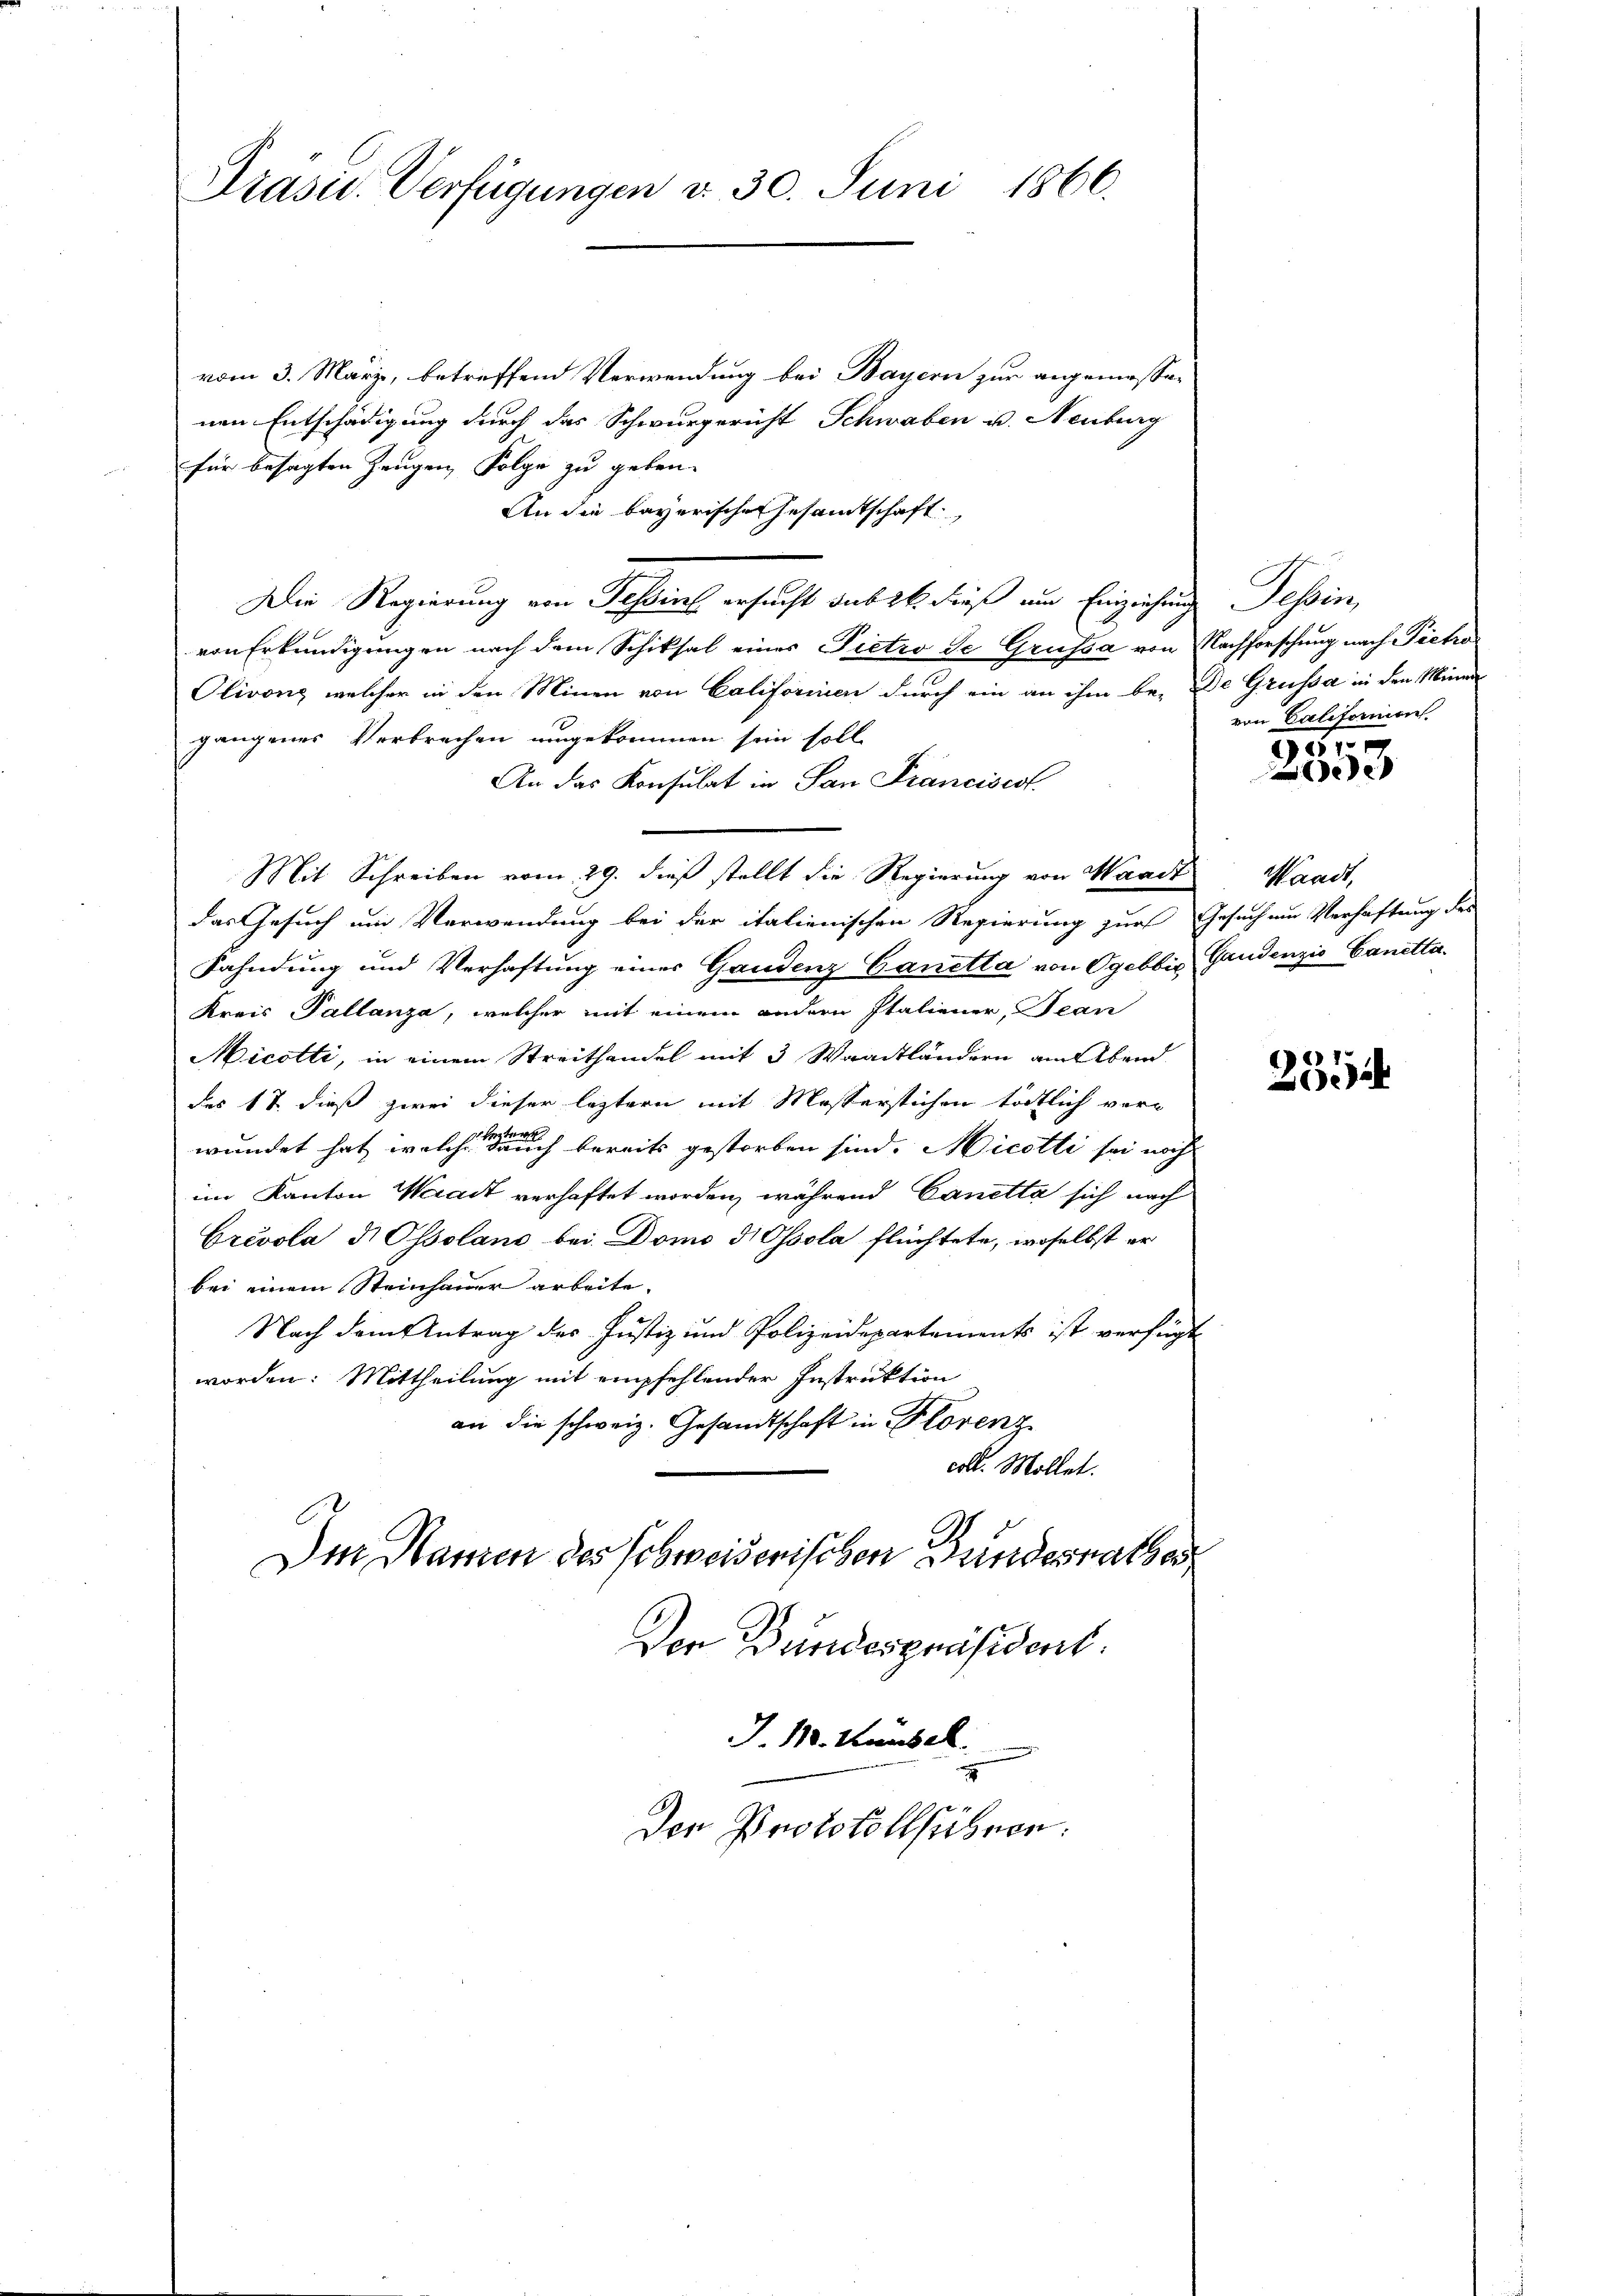
Präsid. Verfügungen d. 30. Juni 1866.

vom 3. März, betreffend Verwendung bei Bayern zur angemessen
nen Entschädigung durch das Schwurgericht Schwaben u. Neuburg
für besagten Zeugen Folge zu geben.
An die bayerischen Gesamtschaft
Die Regierung von Passins ersucht das et dieß um Einziehung Tessin,
von Erkundigungen nach dem Schiksal einer Pietro de Grussa von Nachforschung nach Pietro
Olivonz, welcher in den Minen von Califorinen durch ein an ihm be- De Grussa in den Minna
gangenes Verbrechen umgekommen sein soll
An das Konsulat in San Franciscat.
Mit Schreiben vom 29. dieß stellt die Regierung von Waadt Waadt,
Das Gesuch um Verwendung bei der italienischen Regierung zur Gesuch um Verhaftung des
Fahndung und Verhaftung einer Gandenz Ganetta von Ogebbis Gaudenzio Canetta.
Kreis Pallanza, welcher mit einem andern Italiener, Jean
Micotti, in einem Streithandel mit 3 Waadtländern am Abend.
des 17. dieß zwei dieser leztern mit Messerstichen tödtlich verwundet hat, welches der auch bereits gestorben sind. Nicotti sei noch
im Kanton Waadt verhaftet worden, während Canetta sich nach
Grivola d Ossolano bei Domo d Ossola flüchtete, woselbst er
bei einem Steinhauer arbeite.
Nach dem Antrag des Justiz und Polizeidepartements ist verfügt
worden: Mittheilung mit empfehlender Instruktion
an die schweiz. Gesandtschaft in Florenz
coll. Mollet.
Der Namen des Schweiserischen Bundesrathes
Der Bundespräsident.
J.110. Heubel.

Den Protokollführen:

von Califormen

50.
e

2554